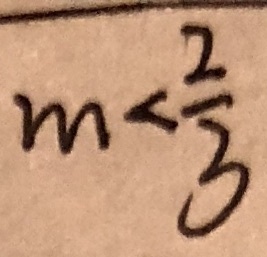
m < \frac { 2 } { 3 }